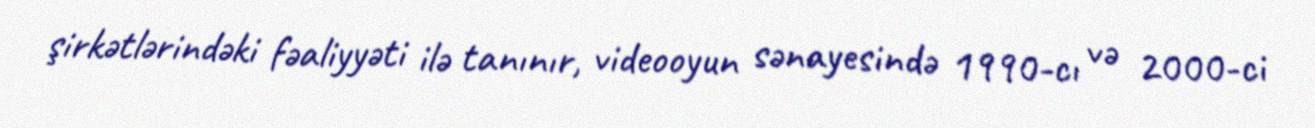
şirkətlərindəki fəaliyyəti ilə tanınır, videooyun sənayesində 1990-cı və 2000-ci